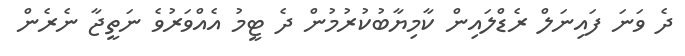
ދެ ވަނަ ފައިނަލް ރެޑްލައިން ކާމިޔާބުކުރުމުން ދެ ޓީމު އެއްވަރުވެ ނަތީޖާ ނެރެން